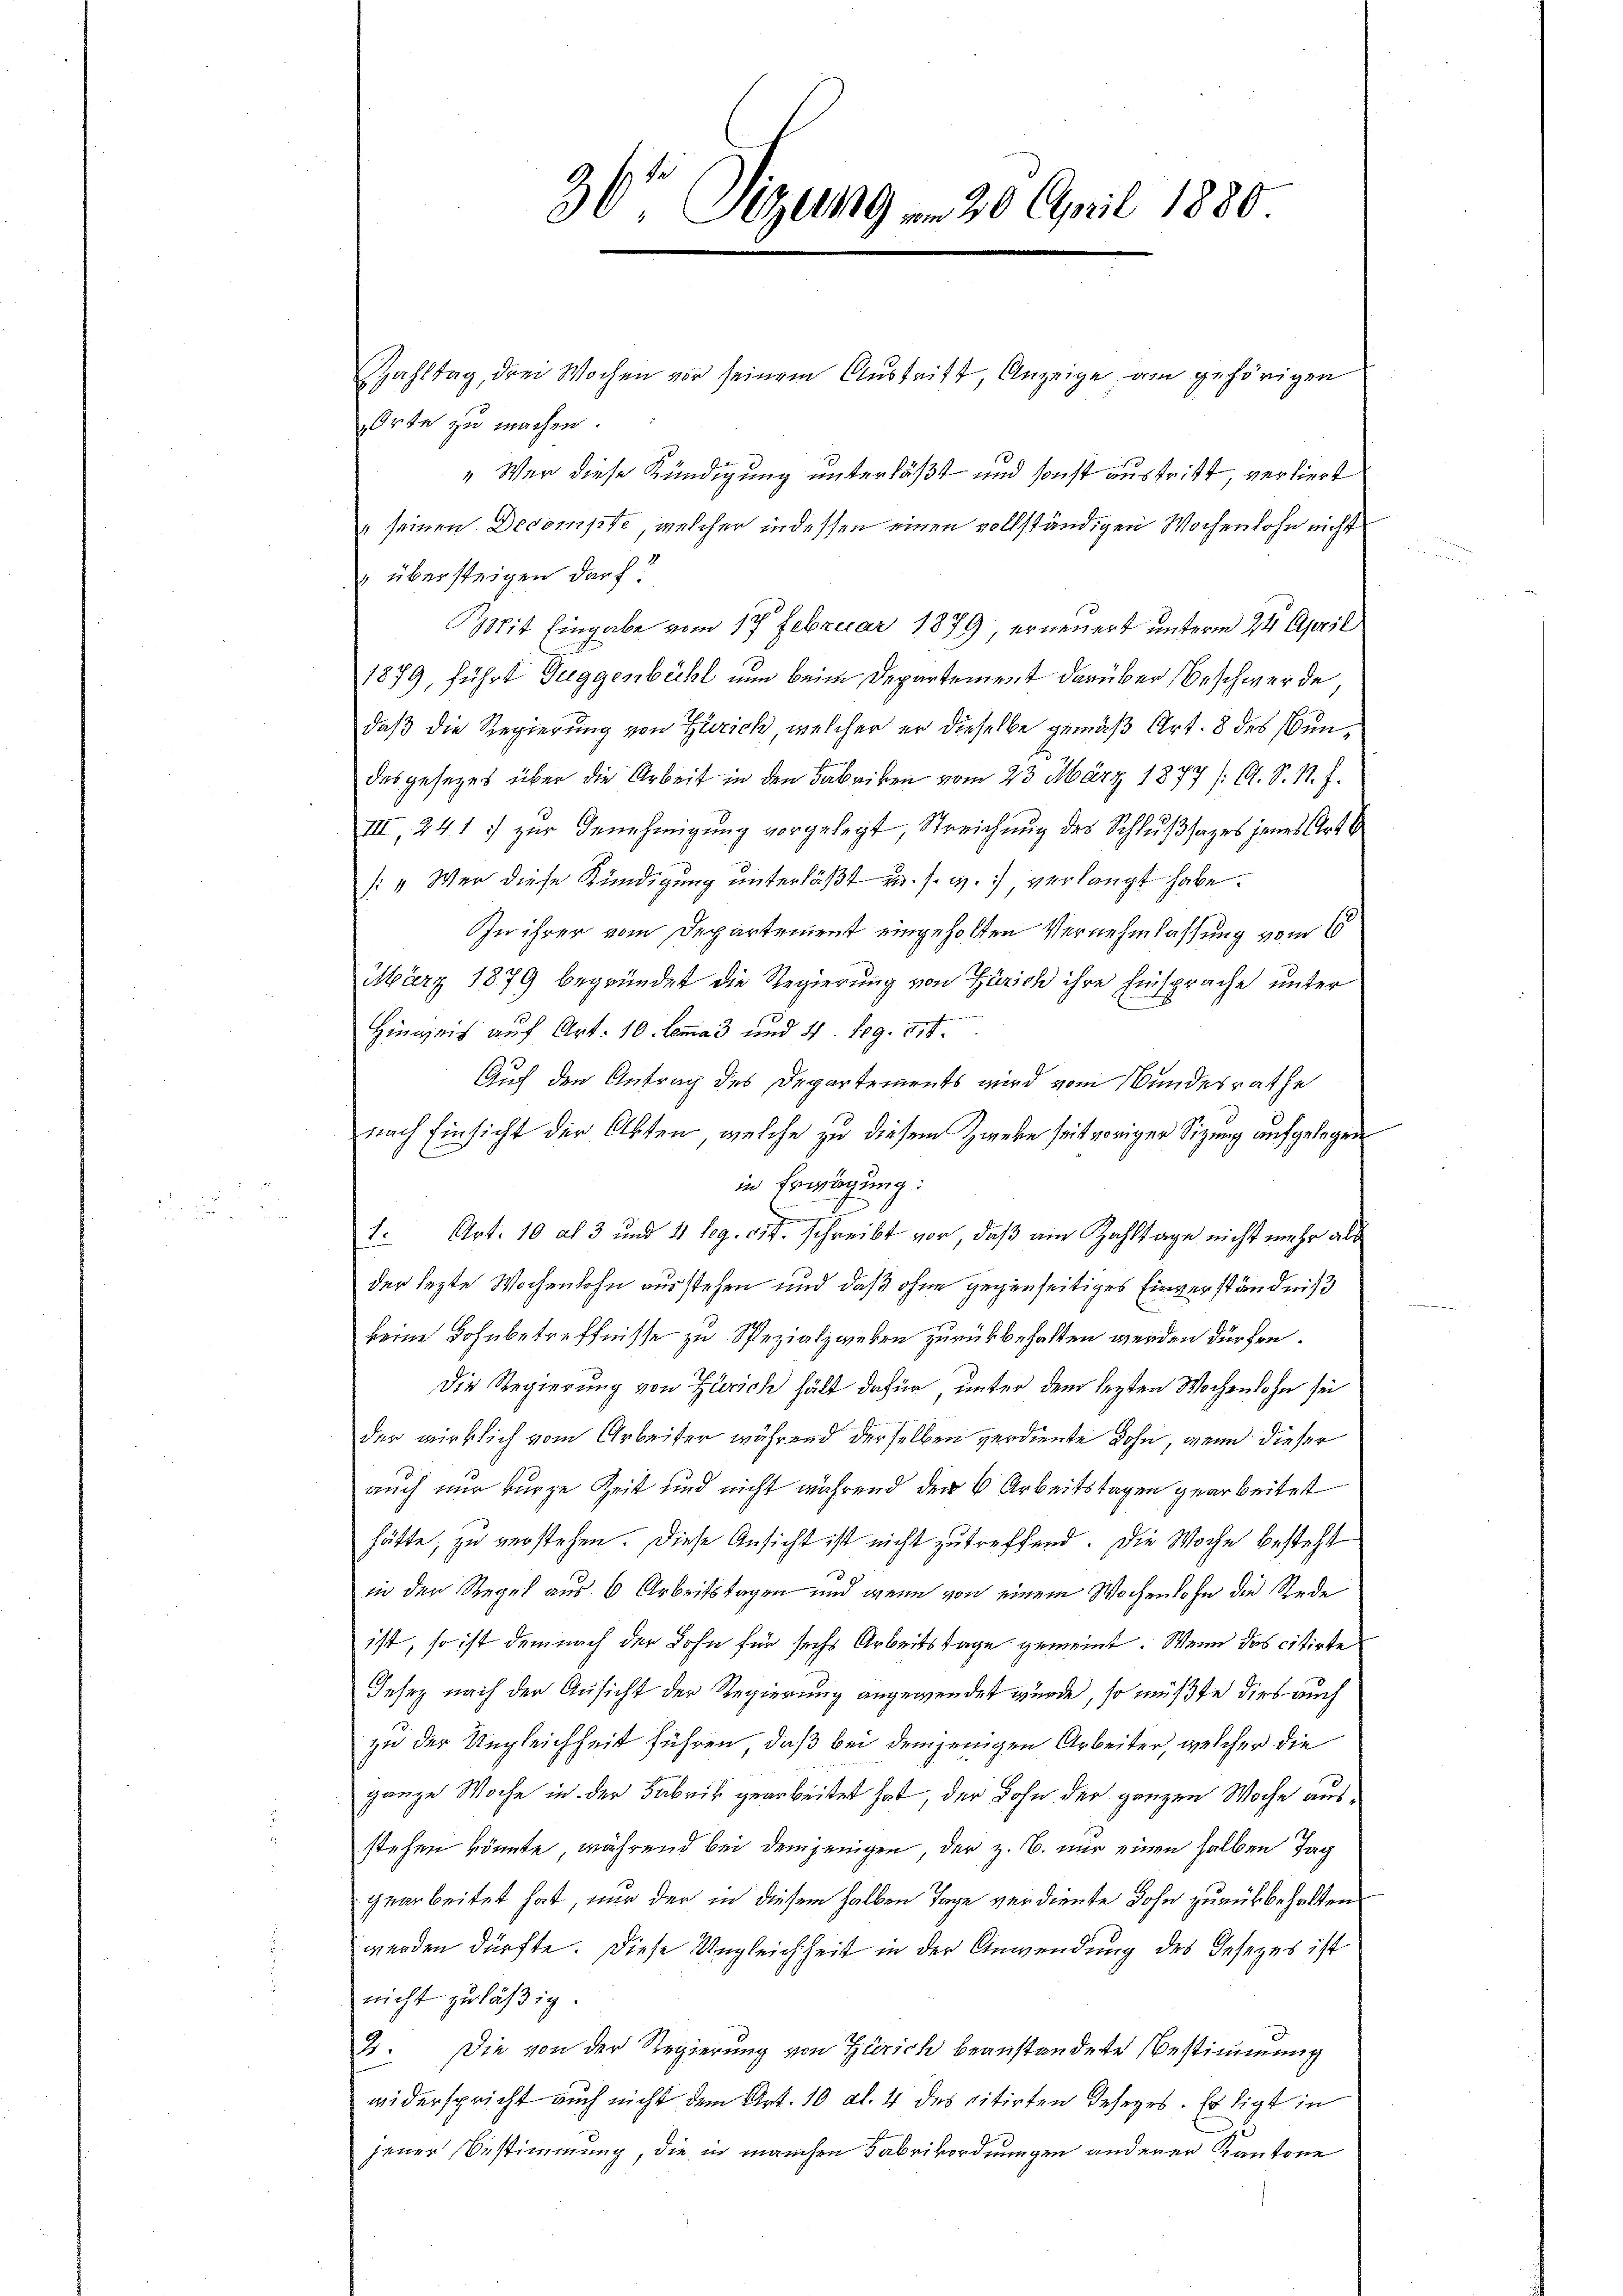
36 Sizung am 20. April 1880.

Zahltag, drei Wochen vor seinem Aŭstritt, Anzeige, am gehörigen
Orte zu machen.
"Wer diese Kündigung unterläßt und sonst austritt, verliert
" seinen Decompte, welcher indessen einen vollständigen Wochenlohn nicht
übersteigen darf.
Mit Eingabe vom 17. Februar 1879, erneuert unterm 24. April
1879, führt Guggenbühl nun beim Departement darüber Beschwerde
daß die Regierung von Zürich, welcher er dieselbe gemäß Art. 8 des Bundas gesezes über die Arbeit in den Fabriken vom 23. März 1877 /A. S. M. h.
III, 241 :/ zur Genehmigung vorgelegt, Streichung des Schlußsazes jenes Art
[: Wer diese Kündigung unterläßt u. s. w. verlangt habe.
In ihrer vom Departement eingeholten Vernehmlassung vom 6
März 1879 begründet die Regierung von Zürich ihre Einsprache unter
Hinweis auf Art. 10. lemma 3 und 4. Reg. 814.
Auch den Antrag des Departements wird vom Bundesrathe
nach Einsicht der Akten, welche zu diesem Zweke seit voriger Sitzung aufgelegen
in Erwägung:
z
1. Art. 10 at 3 und 4 leg. 854. schreibt vor, daß am Zahltage nicht mehr als
der lezte Wochenlohn ausstehen und daß ohne gegenseitiges Einverständniß
keine Lohnbetreffnisse zu Spezialzwieben zurückbehalten werden dürfen.
Die Regierung von Zürich hält dafür, unter dem lezten Wochenlohn sei
der wirklich vom Arbeiter während derselben verdiente Lohn, wenn dieser
auch nur kurze Zeit und nicht während den 6 Arbeitstagen gearbeitet
hätte, zu verstehen. Diese Ansicht ist nicht zutreffend. Die Woche besteht
in der Regel aus 6 Arbeitstagen und wenn von einem Wochenlohn die Rede
ist, so ist demnach der Lohn für sechs Arbeitstage gemeint. Wenn das citirte
Jesey nach der Ansicht der Regierung angewendet wurde, so müßte dies auch
zu der Ungleichheit führen, daß bei demjenigen Arbeiter, welcher die
ganze Woche in der Fabrik gearbeitet hat, der Bohn der ganzen Woche ausstehen könnte, während bei demjenigen, der z. B. nur einen halben Tag
gearbeitet hat, nur der in diesem halben Tage verdiente Sohn zurückbehalten.
werden dürfte. Diese Ungleichheit in der Anwendung des Gesezes ist
nicht zuläßig.
3. Die von der Regierung von Zürich beanstandete Bestimmung
widerspricht auch nicht dem Art. 10 Al. 4 des citirten Gesezes. Es ligt in
jener Bestimmung, die in manchen Fabrikordnungen anderer Kantone